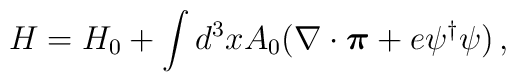
H=H_0+\int d^3 x A_0(\nabla\cdot\mbox{\boldmath $\pi$}+e\psi^\dagger\psi)\,,